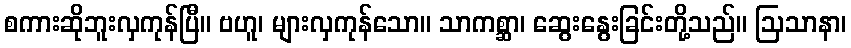
စကားဆိုဘူးလှကုန်ပြီ။ ဗဟူ၊ များလှကုန်သော။ သာကစ္ဆာ၊ ဆွေးနွေးခြင်းတို့သည်။ ဩသာနာ၊